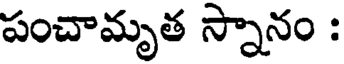
పంచామృత స్నానం :